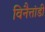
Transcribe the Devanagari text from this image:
विनैत्तांडी